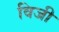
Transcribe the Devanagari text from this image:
विजी